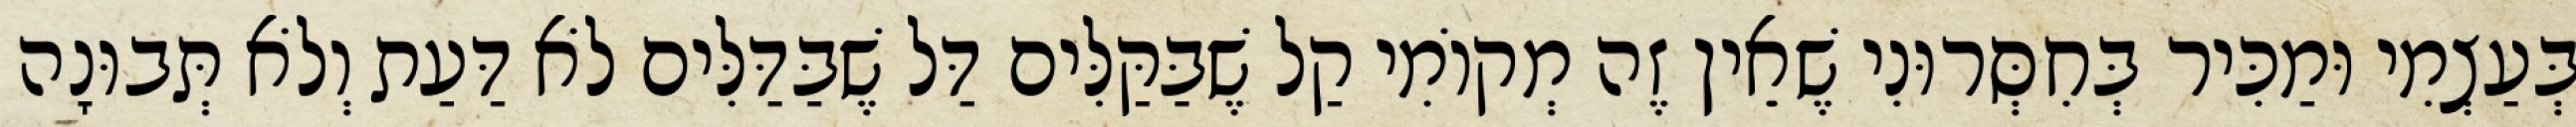
בְּעַצְמִי וּמַכִּיר בְּחִסְּרוּנִי שֶׁאֵין זֶה מְקוֹמִי קַל שֶׁבַּקַּלִּים דַּל שֶׁבַּדַּלִּים לֹא דַּעַת וְלֹא תְּבוּנָה